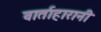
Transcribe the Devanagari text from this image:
वार्ताहारानी